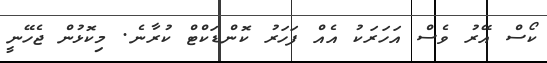
ކޯސް އޭރު ވެސް އަހަރަކު އެއް ފަހަރު ކޮންޑަކްޓް ކުރާނެ. މިކޮޅުން ޖެހޭނީ